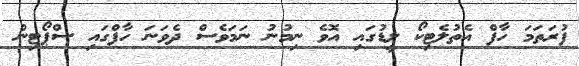
ފުރަތަމަ ހާފް އެތުލެޓިކޯ ލީޑުގައި އޮވެ ނިމުނު ނަމަވެސް ދެވަނަ ހާފްގައި ސްޕޯޓިން